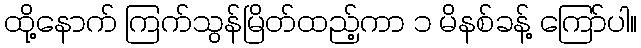
ထို့နောက် ကြက်သွန်မြိတ်ထည့်ကာ ၁ မိနစ်ခန့် ကြော်ပါ။